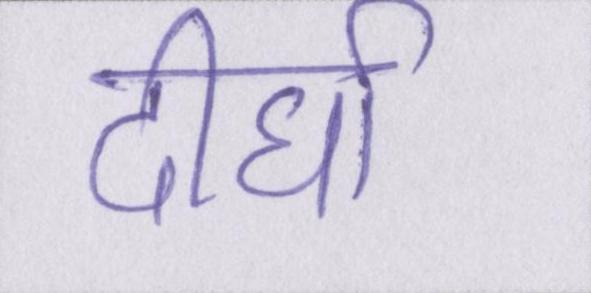
दीर्घा